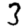
Digit: 3